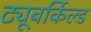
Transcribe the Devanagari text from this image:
ट्यूबर्किल्ड